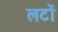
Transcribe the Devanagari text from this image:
लटों